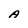
Character: A